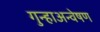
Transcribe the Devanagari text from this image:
गुन्हाअन्वेषण